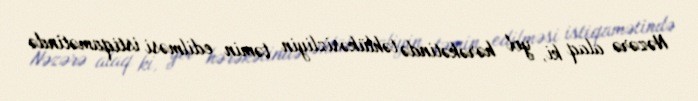
Nəzərə alaq ki, yol hərəkətində təhlükəsizliyin təmin edilməsi istiqamətində